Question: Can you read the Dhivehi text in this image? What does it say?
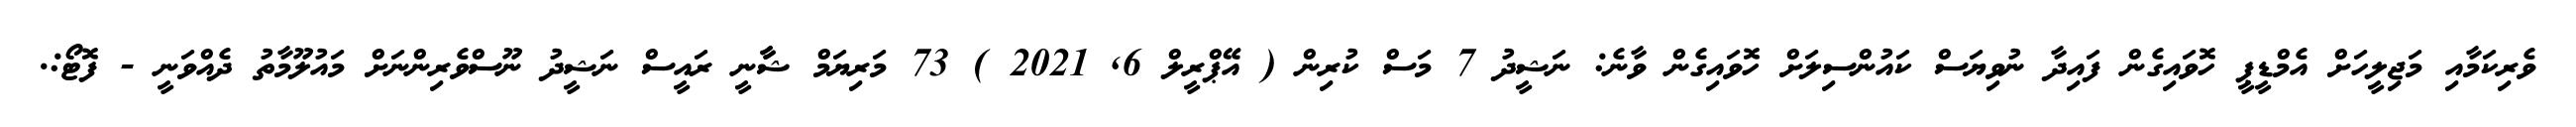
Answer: ވެރިކަމާއި މަޖިލީހަށް އެމްޑީޕީ ހޮވައިގެން ފައިދާ ނުވިޔަސް ކައުންސިލަށް ހޮވައިގެން ވާނެ: ނަޝީދު 7 މަސް ކުރިން ( އޭޕްރީލް 6, 2021 ) 73 މަރިޔަމް ޝާާނީ ރައީސް ނަޝީދު ނޫސްވެރިންނަށް މައުލޫމާތު ދެއްވަނީ - ފޮޓޯ:.